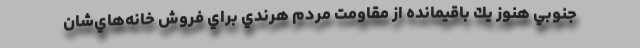
جنوبي هنوز يك باقيمانده از مقاومت مردم هرندي براي فروش خانه‌هاي‌شان